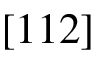
[ 1 1 2 ]